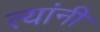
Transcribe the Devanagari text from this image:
त्यांनी